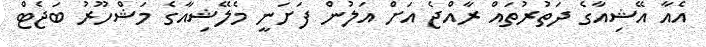
އެއާ އޭޝިއާގެ ދަތުރުތައް ރާއްޖެ އަށް އަލުން ފަށަނީ މެލޭޝިއާގެ މަޝްހޫރު ބަޖެޓް